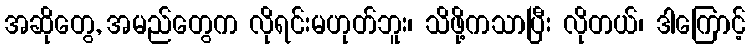
အဆိုတွေ, အမည်တွေက လိုရင်းမဟုတ်ဘူး၊ သိဖို့ကသာပြီး လိုတယ်၊ ဒါကြောင့်